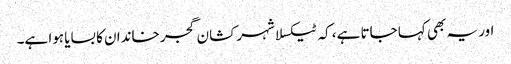
اور یہ بھی کہا جاتا ہے، کہ ٹیکسلا شہر کشان گجر خاندان کا بسایا ہوا ہے۔